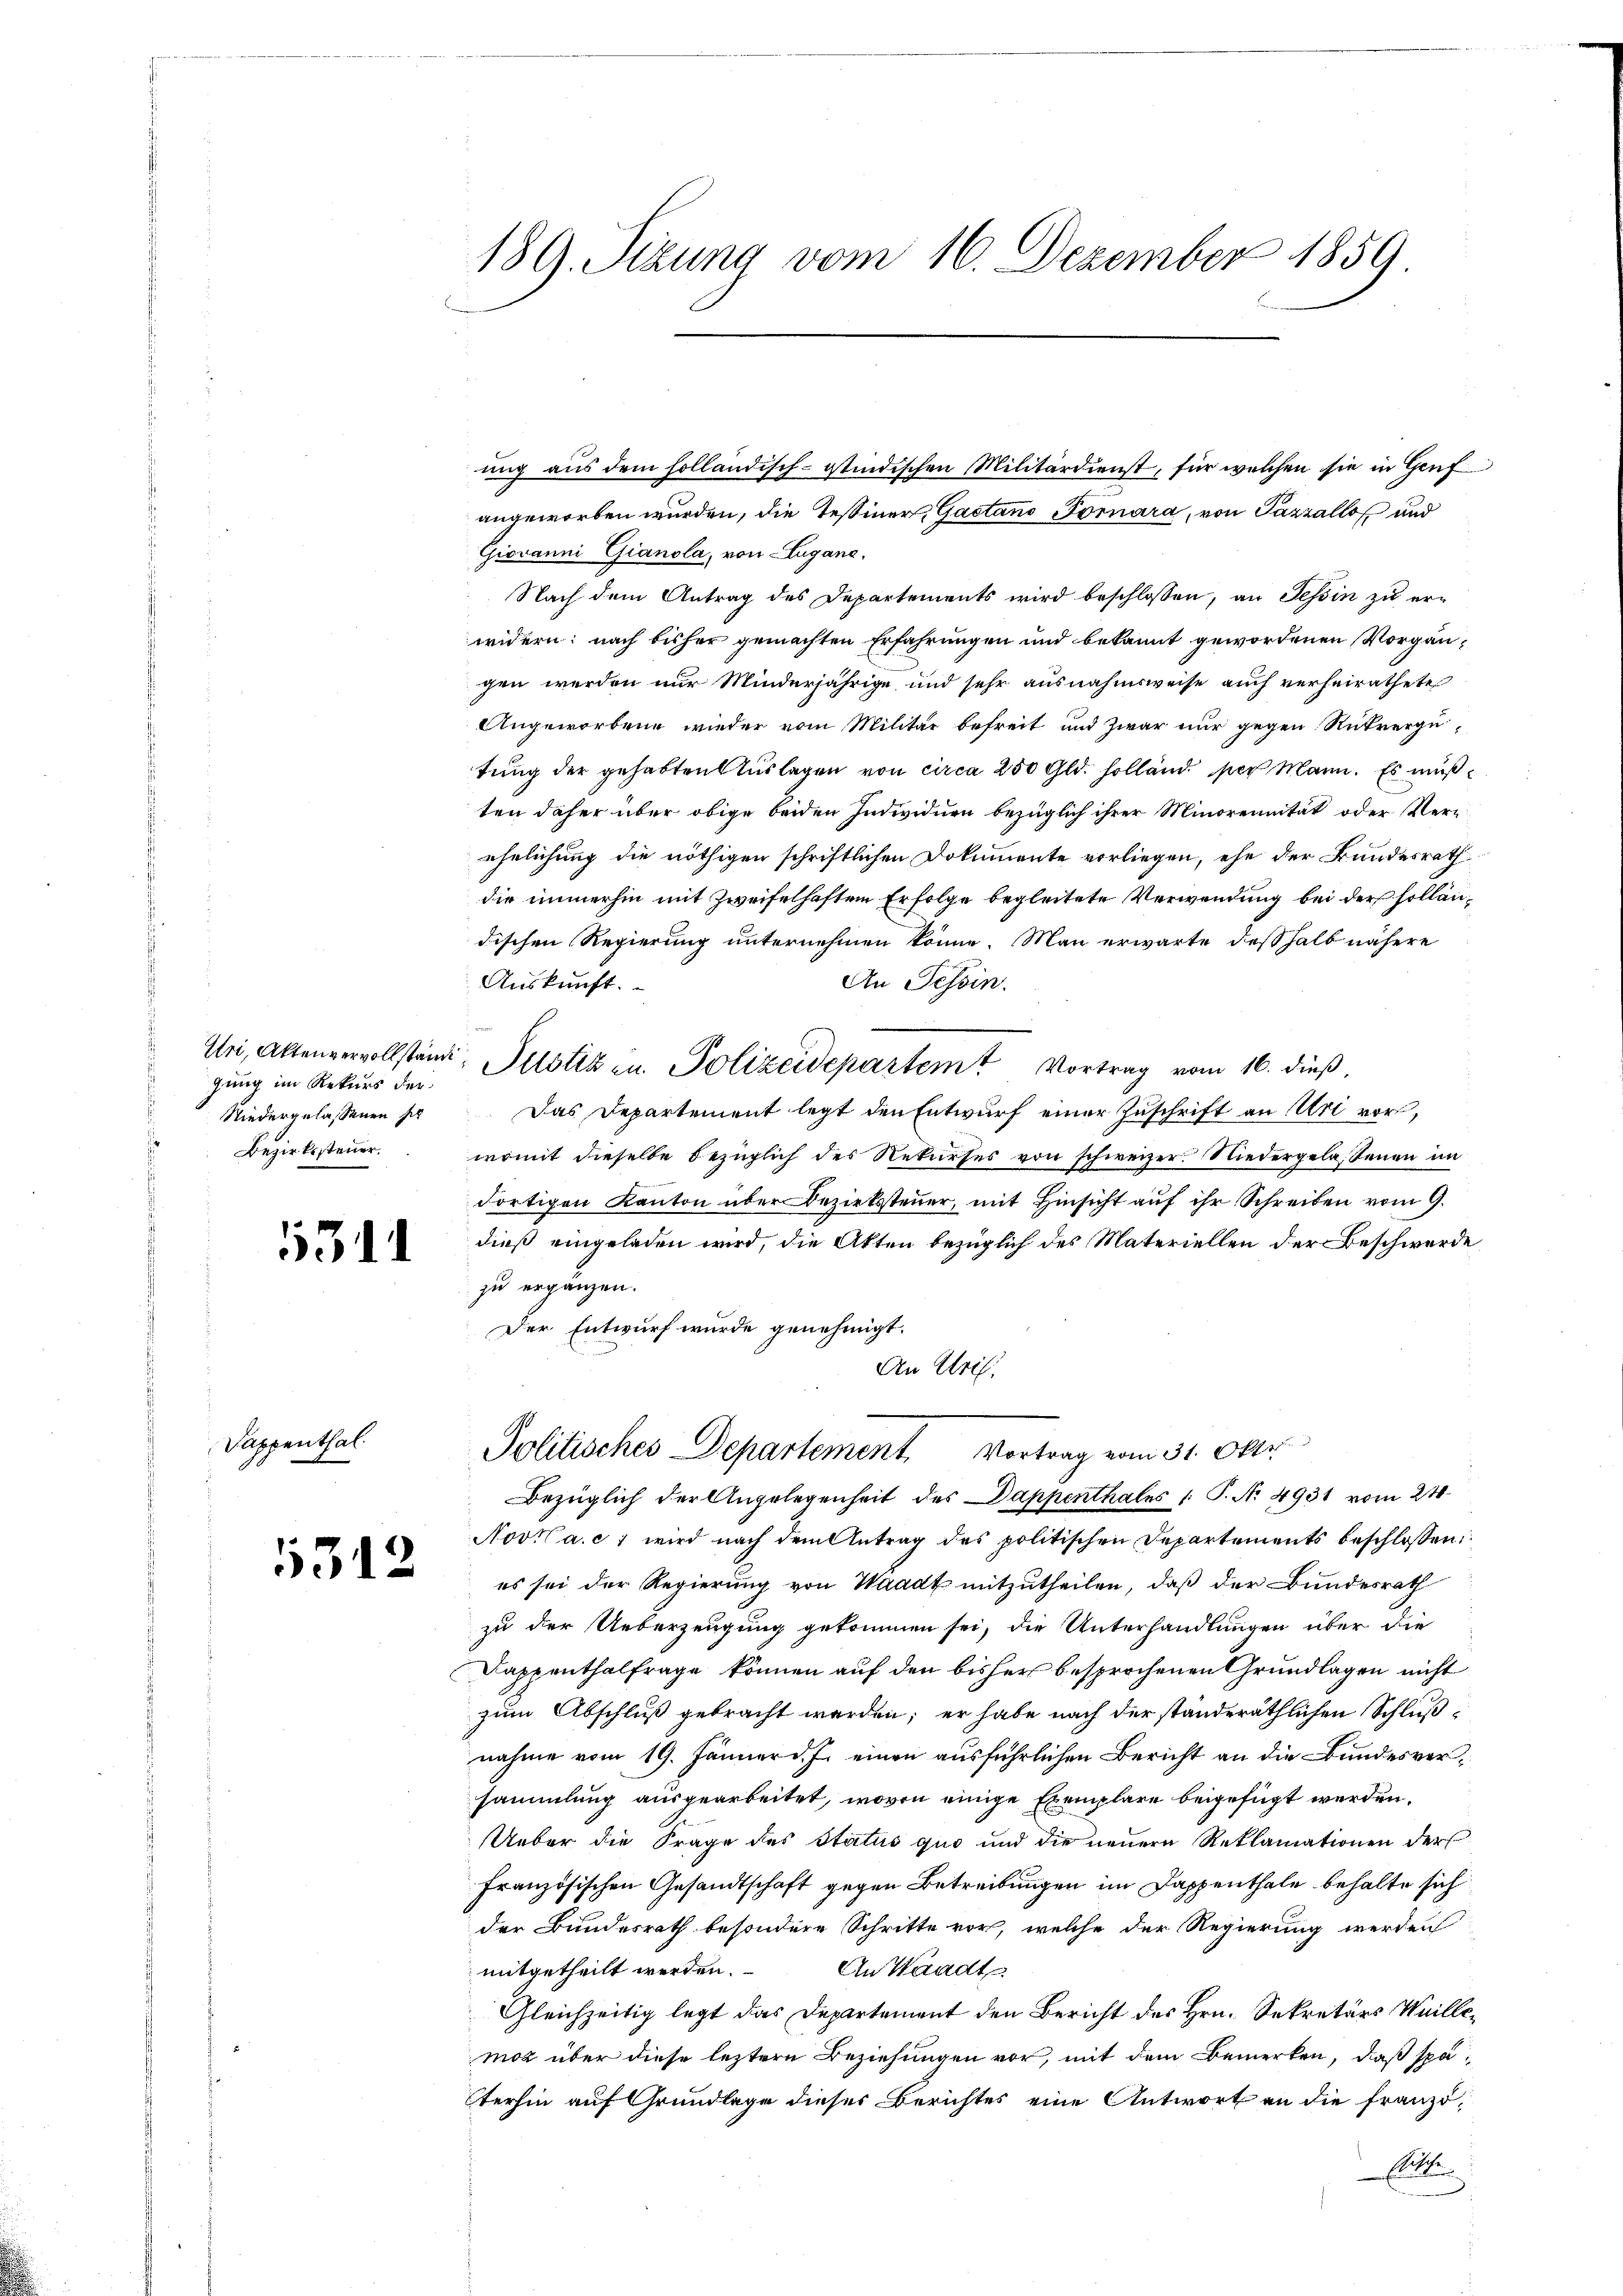
gung im Rekurs der
Bezirkssteuer.

131

Sappenthal

5312

189. Sizung vom 16. Dezember 1859

angeworben wurden, die Testiner, Gaetano Fornara, von Pazzállof und
Giovanni Gianola, von Lugane.
Nach dem Antrag des Departements wird beschlossen, an Tessin zu erwidern; nach bisher gemachten Erfahrungen und bekannt gewordenen Vorgängen werden nur Minderjährige, und sehr ausnahmsweise auch verheirathete
Angeworbene wieder vom Militär befreit und zwar nur gegen Rückvergutung der gehabten Auslagen von circa 250 Gld. solland per Mann. Es mußten daher über obige beiden Individuen bezüglich ihrer Minorennität oder Verz
ehelichung die nöthigen schriftlichen Dokumente vorliegen, ehe der Bundesrath
die immerhin mit Zweifelhaften Erfolge begleitete Verwendung bei der holländischen Regierung unternehmen könne. Man erwarte deßhalb nähere
Auskunft.
An Tessin.
Uri, Aktenvervollständi, Pilotiz in Polizeidepartem Vortrag vom 16. dieß,
Niedergelassenen sie das Departement legt den Entwurf einer Zuschrift an Uri vor,
womit dieselbe bezüglich des Rekurses von
schweizer. Niedergelassenen an
Fortigen Kanton über Bezirkssteuer, mit Hinsicht auf ihr Schreiben vom 9.
dieß eingeladen wird, die Akten bezüglich des Materiellen der Beschwerde
zu ergänzen.
Der Entwurf wurde genehmigt.
An Uri,
Politisches Departement Vortrag vom 31. Oktr.
Bezüglich der Angelegenheit des Dappenthales /: P. Nr. 4931 vom 21.
Novil a. c. wird nach dem Antrag des politischen Departements beschlossen:
es sei der Regierung von Waadt mitzutheilen, daß der Bundesrath
zu der Ueberzeugung gekommen sei, die Unterhandlungen über die
Dappenthalfrage können auf den bisher besprochenen Grundlagen nicht
zum Abschluß gebracht werden; er habe nach der ständeräthlichen Schluß
nahme vom 19. Jänner d. J. einen ausführlichen Bericht an die Bundesversammlung ausgearbeitet, wovon einige Exemplare beigefügt werden.
Ueber die Frage des Status quo und die neuern Reklamationen der
französischen Gesandtschaft gegen Betreibungen im Dappenthale behalte sich
der Bundesrath besondere Schritte vor, welche der Regierung werden
mitgetheilt werden.
An Waadt
Gleichzeitig legt das Departement den Bericht des Hrn. Sekretärs Willemoz über diese leztere Beziehungen vor, mit dem Bemerken, daß späterhin auf Grundlage dieses Berichtes eine Antwort an die franzö¬
Ehe

ung aus dem holländisch-stindischen Militärdienst, für welchen sie in Genf